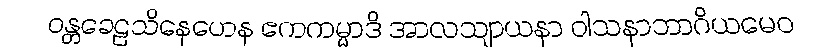
ဝန္တခေဠသိနေဟေန ဧကကမ္မာဒိ အာလသျာယနာ ဝါသနာဘာဂိယမေဝ